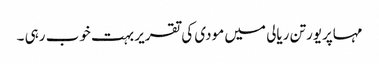
مہاپریورتن ریالی میں مودی کی تقریر بہت خوب رہی ۔